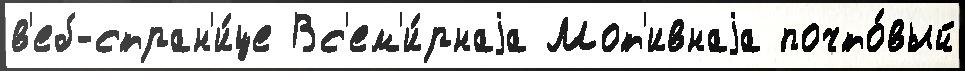
в'еб-стран'и́це Вс'ем'и́рнаjа Мот'ивнаjа почто́вый